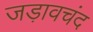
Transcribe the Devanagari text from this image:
जड़ावचंद